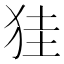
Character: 𤞇